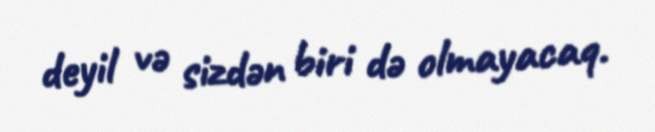
deyil və sizdən biri də olmayacaq.